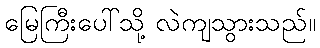
မြေကြီးပေါ်သို့ လဲကျသွားသည်။